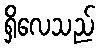
ရှိလေသည်